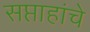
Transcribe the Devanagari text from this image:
सप्ताहांचे